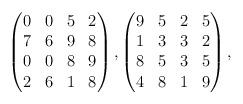
LaTeX: \begin{align*}\begin{pmatrix}0&0&5&2\\7&6&9&8\\0&0&8&9\\2&6&1&8\end{pmatrix}, \begin{pmatrix}9&5&2&5 \\1&3&3&2\\8&5&3&5\\4&8&1&9\end{pmatrix},\end{align*}